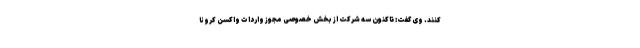
کنند. وی گفت: تاکنون سه شرکت از بخش خصوصی مجوز واردات واکسن کرونا